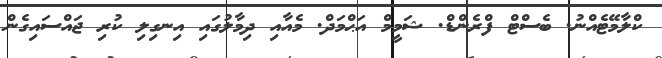
ކްލާމޭޓެއްނު. ބެސްޓް ފްރެންޑް. ޝަމީމް އަޙްމަދް. މެއާއި ދިމާލުގައި އިނގިލި ކުރި ޖައްސައިގެން